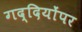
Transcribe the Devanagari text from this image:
गद्दियोंपर